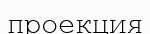
проекция